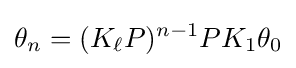
\theta _{n}=(K_{\ell }P)^{n-1}PK_{1}\theta _{0}